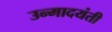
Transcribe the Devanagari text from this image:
उन्मादयंती